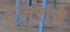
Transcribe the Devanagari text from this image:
हुजुरांचे